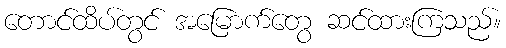
တောင်ထိပ်တွင် အမြောက်တွေ ဆင်ထားကြသည်။